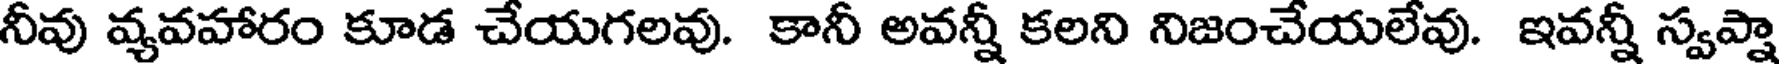
నీవు వ్యవహారం కూడ చేయగలవు. కానీ అవన్నీ కలని నిజంచేయలేవు. ఇవన్నీ స్వప్నా